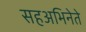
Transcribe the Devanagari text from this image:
सहअभिनेते